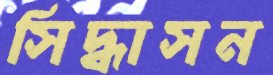
সিদ্ধাসন